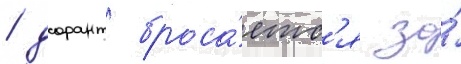
/ дорант броса́етс'я за́